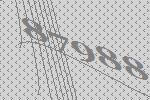
87988